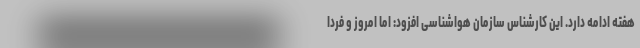
هفته ادامه دارد. این کارشناس سازمان هواشناسی افزود: اما امروز و فردا